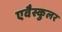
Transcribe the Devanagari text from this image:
एवैस्कुलर